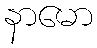
နာမော